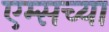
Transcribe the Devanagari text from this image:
एम्सच्या